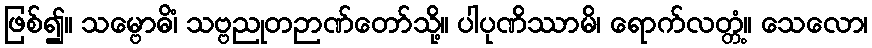
ဖြစ်၍။ သမ္ဗောဓိံ၊ သဗ္ဗညုတဉာဏ်တော်သို့။ ပါပုဏိဿာမိ၊ ရောက်လတ္တံ့။ သေလော၊